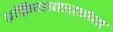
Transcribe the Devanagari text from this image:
प्रक्रियाकरणेन